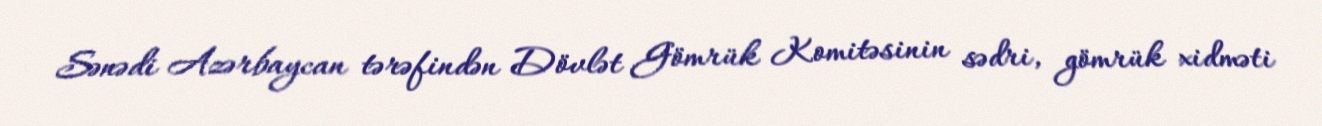
Sənədi Azərbaycan tərəfindən Dövlət Gömrük Komitəsinin sədri, gömrük xidməti